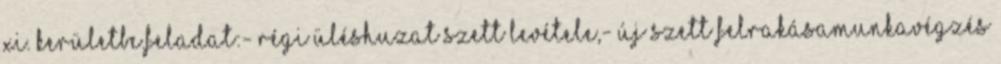
XI. kerületbe.feladat:- Régi üléshuzat szett levétele,- Új szett felrakásaMunkavégzés